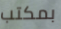
بمكتب